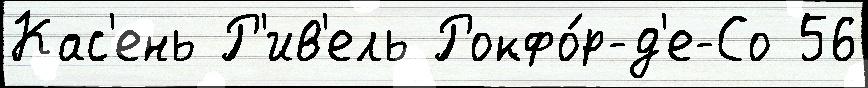
Кас'ень Р'ив'ель Рокфо́р-д'е-Со 56